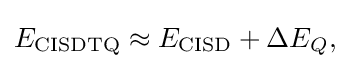
E_{\rm {CISDTQ}}\approx E_{\rm {CISD}}+\Delta E_{Q},\